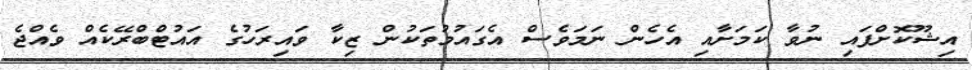
އިޝޫކޮށްފައި ނުވާ ކަމަށާއި އެހެން ނަމަވެސް އެގައުމުތަކުން ޒިކާ ވައިރަހުގެ އައުޓްބްރޭކެއް ވެއްޖެ